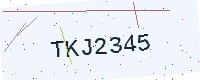
Text: TKJ2345